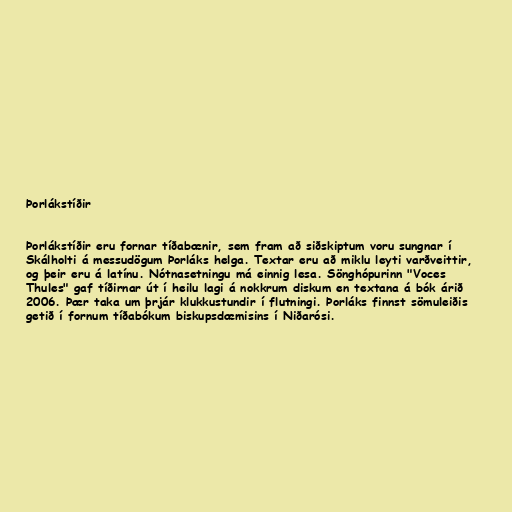
Þorlákstíðir

Þorlákstíðir eru fornar tíðabænir, sem fram að siðskiptum voru sungnar í
Skálholti á messudögum Þorláks helga. Textar eru að miklu leyti varðveittir,
og þeir eru á latínu. Nótnasetningu má einnig lesa. Sönghópurinn "Voces
Thules" gaf tíðirnar út í heilu lagi á nokkrum diskum en textana á bók árið
2006. Þær taka um þrjár klukkustundir í flutningi. Þorláks finnst sömuleiðis
getið í fornum tíðabókum biskupsdæmisins í Niðarósi.